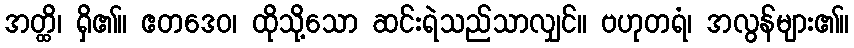
အတ္ထိ၊ ရှိ၏။ ဧတဒေဝ၊ ထိုသို့သော ဆင်းရဲသည်သာလျှင်။ ဗဟုတရံ၊ အလွန်များ၏။